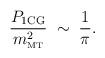
LaTeX: \begin{align*}\frac{P_{\rm 1CG}}{m^2_{\rm \scriptscriptstyle{MT}}} \;\sim\; \frac{1}{\pi}.\end{align*}